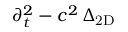
\partial _ { t } ^ { 2 } - c ^ { 2 } \, \Delta _ { \mathrm { 2 D } }